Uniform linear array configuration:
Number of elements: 12
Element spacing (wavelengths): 0.5
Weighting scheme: hamming
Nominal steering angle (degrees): -30
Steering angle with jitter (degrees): -30.968
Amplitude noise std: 0.05
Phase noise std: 0.05

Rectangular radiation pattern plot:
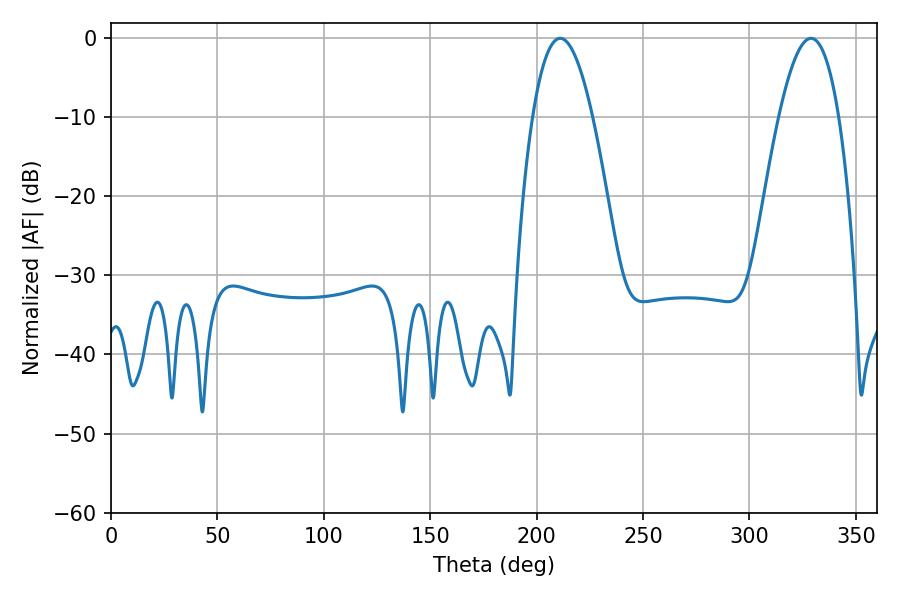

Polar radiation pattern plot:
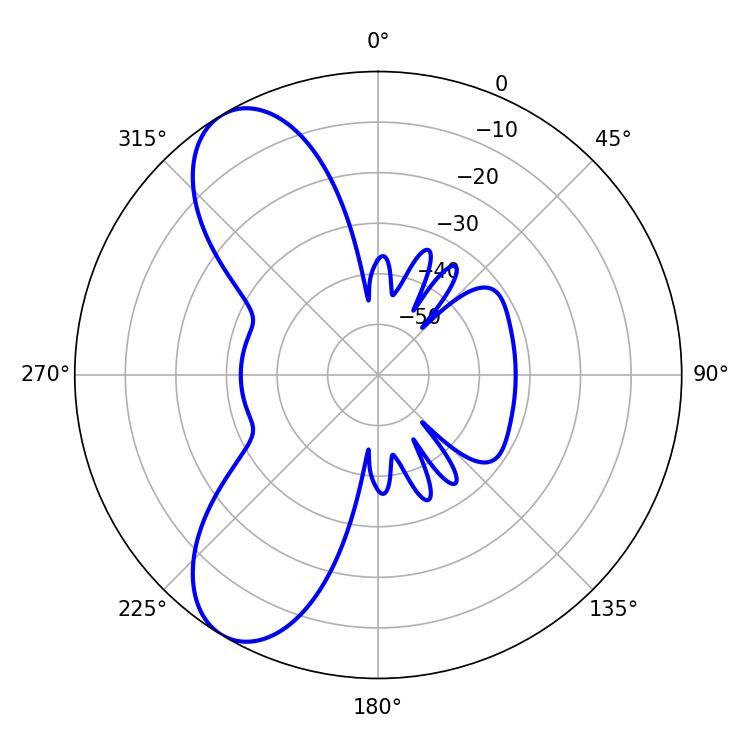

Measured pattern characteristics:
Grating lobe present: FALSE
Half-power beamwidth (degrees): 15.3
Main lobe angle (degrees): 211.14